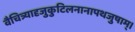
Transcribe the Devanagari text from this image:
वैचित्र्यादृजुकुटिलनानापथजुषाम्।